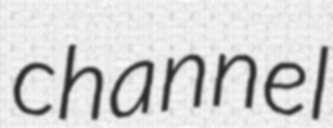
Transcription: channel